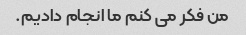
من فکر می کنم ما انجام دادیم.